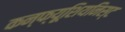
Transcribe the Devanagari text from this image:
कन्फ्यूशियनिस्ट